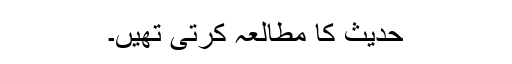
حدیث کا مطالعہ کرتی تھیں۔